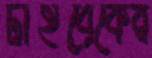
টাইব্রেকের